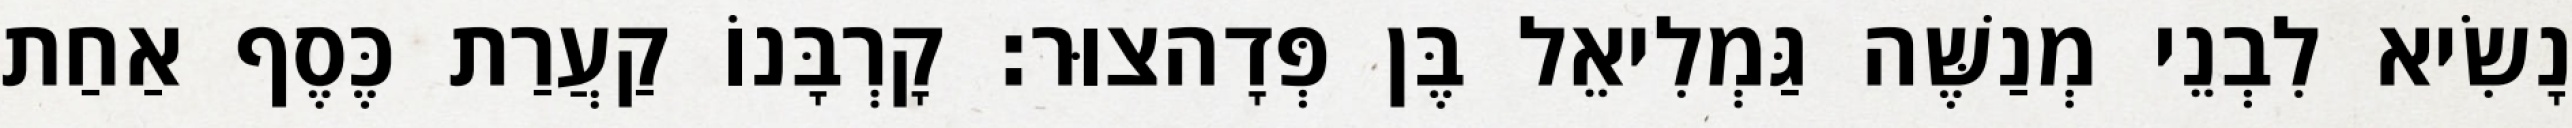
נָשִׂיא לִבְנֵי מְנַשֶּׁה גַּמְלִיאֵל בֶּן פְּדָהצוּר׃ קָרְבָּנוֹ קַעֲרַת כֶּסֶף אַחַת